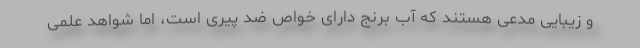
و زیبایی مدعی هستند که آب برنج دارای خواص ضد پیری است، اما شواهد علمی